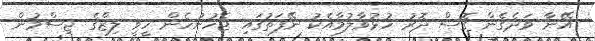
އޭނާ ވަދެގެން ގޮސް ދޮރު ހުޅުވާލުމާއެކު ނޭފަތުގައި ޖެހުނުހެން ހީވީ ލިޒްގެ ޖިސްމުން